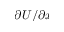
\partial U / \partial x